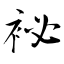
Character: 袐